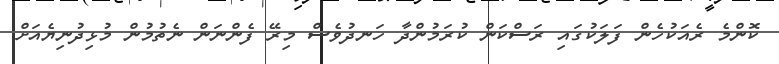
ކޮންމެ ރެއަކުހެން ފަލަކުގައި ރަސްކަން ކުރަމުންދާ ހަނދުވެސް މިރޭ ފެންނަން ނެތުމުން މުޅިދުނިޔެއަށް